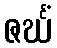
ဇင်္ဃံ